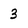
Character: 3